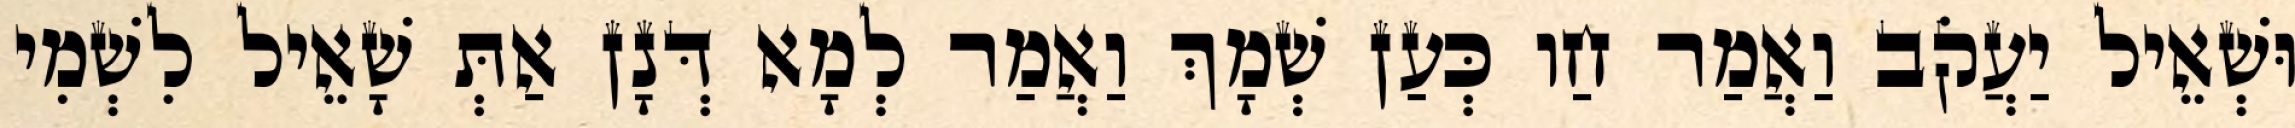
וּשְׁאֵיל יַעֲקֹב וַאֲמַר חַו כְּעַן שְׁמָךְ וַאֲמַר לְמָא דְּנָן אַתְּ שָׁאֵיל לִשְׁמִי